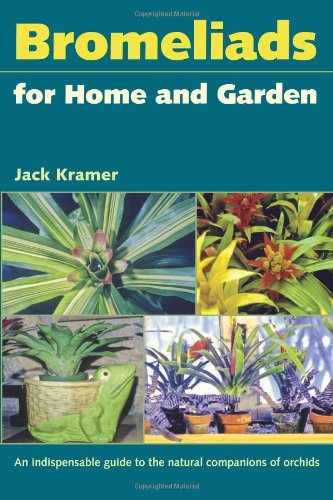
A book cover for Bromeliads for Home and Garden; Jack Kramer; Crafts, Hobbies & Home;